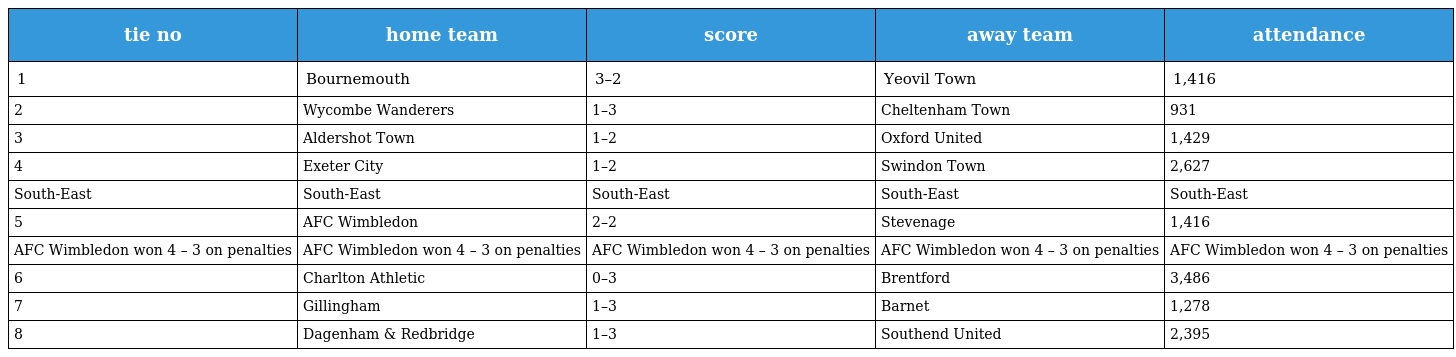
| tie no | home team | score | away team | attendance |
 | --- | --- | --- | --- | --- |
 | 1 | Bournemouth | 3–2 | Yeovil Town | 1,416 |
 | 2 | Wycombe Wanderers | 1–3 | Cheltenham Town | 931 |
 | 3 | Aldershot Town | 1–2 | Oxford United | 1,429 |
 | 4 | Exeter City | 1–2 | Swindon Town | 2,627 |
 | South-East | South-East | South-East | South-East | South-East |
 | 5 | AFC Wimbledon | 2–2 | Stevenage | 1,416 |
 | AFC Wimbledon won 4 – 3 on penalties | AFC Wimbledon won 4 – 3 on penalties | AFC Wimbledon won 4 – 3 on penalties | AFC Wimbledon won 4 – 3 on penalties | AFC Wimbledon won 4 – 3 on penalties |
 | 6 | Charlton Athletic | 0–3 | Brentford | 3,486 |
 | 7 | Gillingham | 1–3 | Barnet | 1,278 |
 | 8 | Dagenham & Redbridge | 1–3 | Southend United | 2,395 |